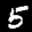
Label: 5